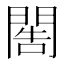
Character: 𨴬